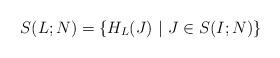
LaTeX: \begin{align*} S (L;N) = \{ H_L(J) \ | \ J \in S (I;N)\}\end{align*}